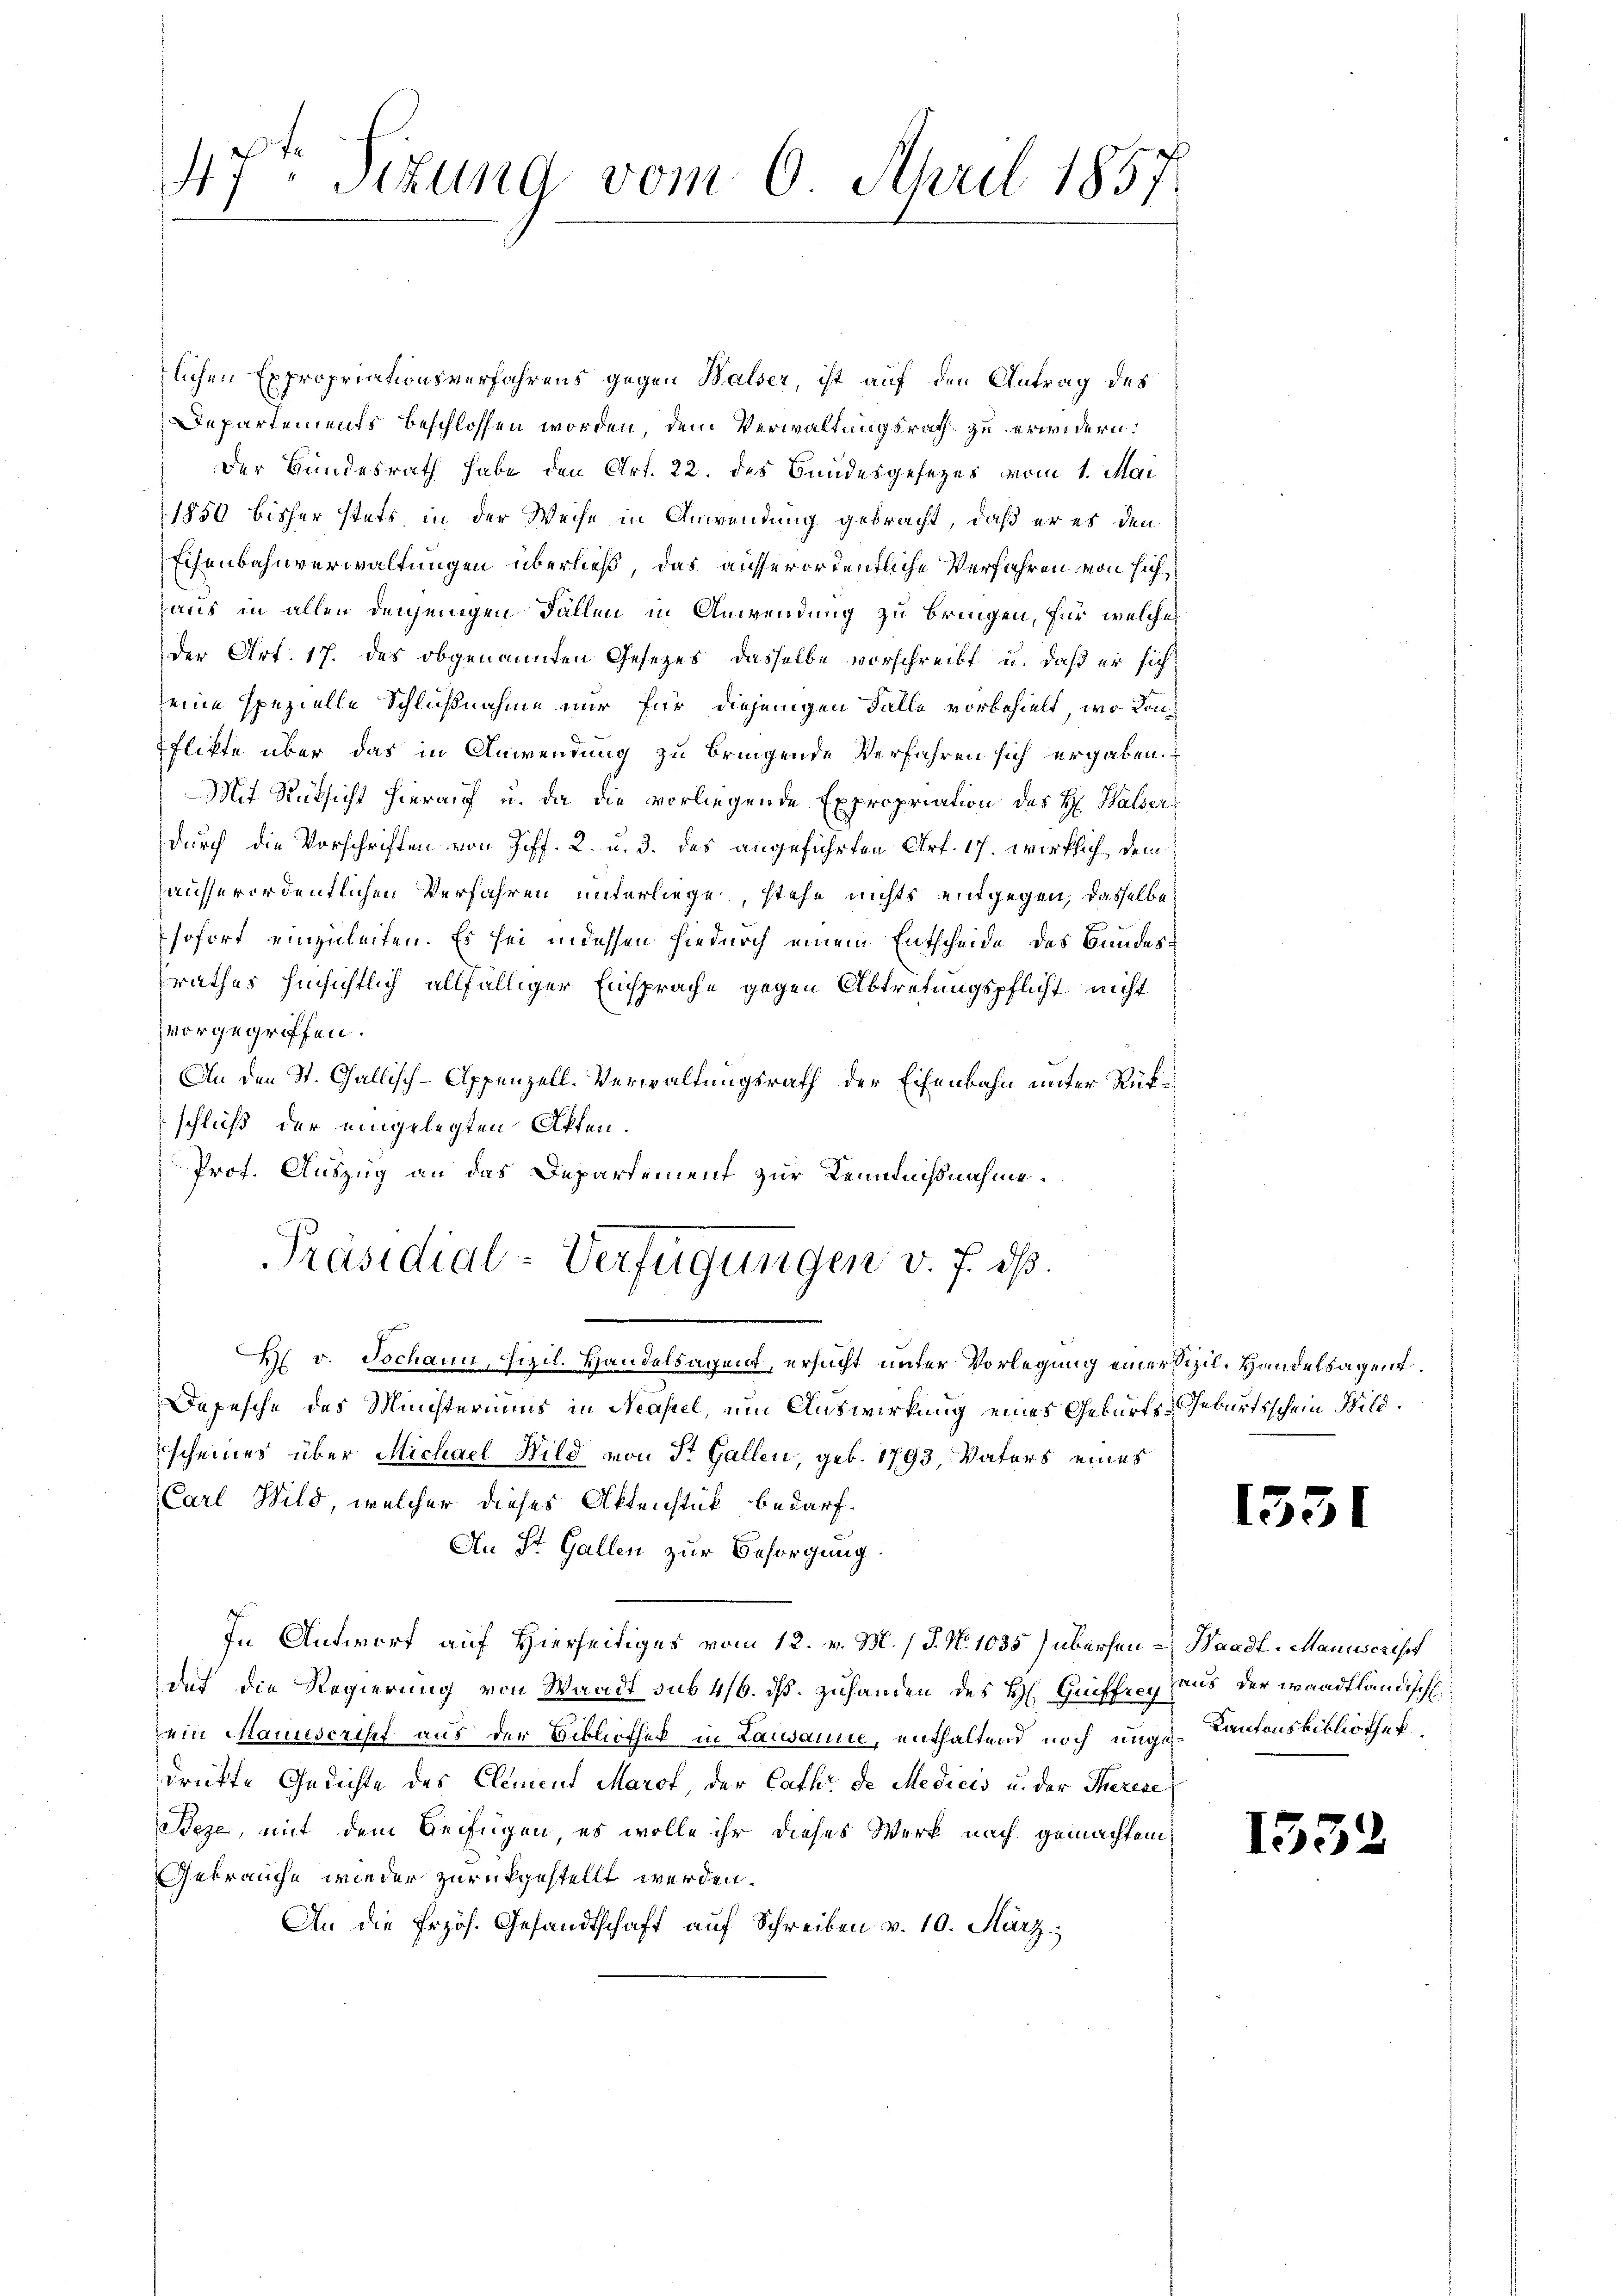
47. Sekung vom 6. April 1857.

lichen Expropriationsverfahrens gegen Walser, ist auf den Antrag des
Departements beschlossen worden, dem Verwaltungsrath zu erwidern:
Der Bundesrath habe den Art. 22. des Bundesgesetzes vom 1. Mai
1850 bisher stets, in der Weise in Anwendung gebracht, daß er es den
Eisenbahnverwaltungen überließ, das ausserordentliche Verfahren von sich
haus in allen denjenigen Fällen in Anwendung zu bringen, für welches
der Art. 17. des obgenannten Gesetzes dasselbe vorschreibt u. daß er sich
eine spezielle Schlußnahme nur für diejenigen Falle vorbehielt, wo Konflikte über das in Anwendung zu bringende Verfahren sich ergaben.
Mit Rüksicht hierauf u. da die vorliegende Expropriation des H. Halser
durch die Vorschriften von Ziff. 2. u. 3. des angeführten Art. 17. wirklich, dem
ausserordentlichen Verfahren unterliege, stehe nichts entgegen, dasselbe
sofort einzuleiten. Es sei indessen hiedurch einem Entscheide des Bundessrathes hinsichtlich allfälliger Einsprache gegen Abtretungspflicht nicht
vorgegriffen.
An den St. Gallisch-Appenzell-Verwaltungsrath der Eisenbahn unter Rückschluß der eingelegten Akten.
Prof. Auszug an das Departement zur Kenntnißnahme.
Präsidial-Verfügungen v. J. dß.
H v. Tschann, Fizil. Handelsagent, ersucht unter Vorlegung einer Sizil. Handelsagent¬
Depesche des Ministeriums in Neapel, um Auswirkung eines Geburts-Geburtsschein Bild.
scheines über Michael Wild von St. Gallen, geb. 1793, Vaters eines
Carl Wild, welcher dieses Aktenstük bedarf.
An St. Gallen zur Besorgung:
In Antwort auf Hierseitiges vom 12. v. M. / J. N. 1035) übersen - Waadt, Manuscript
det die Regierung von Waadt sub 416. dß. Zuhanden des H. Griffrey Haus der waadtländische
ein Manuscript aus der Bibliothek in Laudanie, enthaltend noch unge-Kantonsbibliothek
drückte Gedichte des Clement Marot, der Cathe de Medicis u. der Therese
Beze, mit dem Beifügen, es wolle ihr dieses Werk nach gemachten
Gebrauche wieder zurückgestellt werden.
An die Erzös. Gesandtschaft auf Schreiben v. 10. März,

1551

153